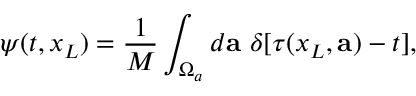
\psi ( t , x _ { L } ) = \frac { 1 } { M } \int _ { \Omega _ { a } } d { \mathbf a } ~ \delta [ \tau ( x _ { L } , { \mathbf a } ) - t ] ,